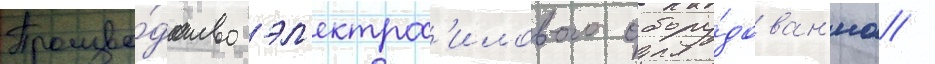
Произво́дство эл'ектрос'илового обору́дован'иа /